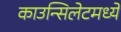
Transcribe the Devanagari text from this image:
काउन्सिलेटमध्ये